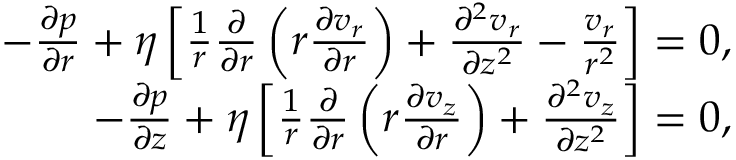
\begin{array} { r } { - \frac { \partial p } { \partial r } + \eta \left[ \frac { 1 } { r } \frac { \partial } { \partial r } \left( r \frac { \partial v _ { r } } { \partial r } \right) + \frac { \partial ^ { 2 } v _ { r } } { \partial z ^ { 2 } } - \frac { v _ { r } } { r ^ { 2 } } \right] = 0 , } \\ { - \frac { \partial p } { \partial z } + \eta \left[ \frac { 1 } { r } \frac { \partial } { \partial r } \left( r \frac { \partial v _ { z } } { \partial r } \right) + \frac { \partial ^ { 2 } v _ { z } } { \partial z ^ { 2 } } \right] = 0 , } \end{array}